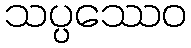
သပ္ပဿေဝ